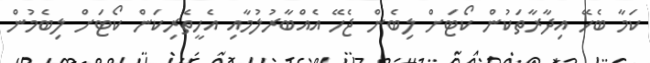
ކަމާ ބެހޭ އިދާރާތަކުން ކޯޓަށް ލިބެން ޖެހޭ އެއްބާރުލުމާއި އެހީތެރިކަން ކޯޓަށް ލިބެމުން